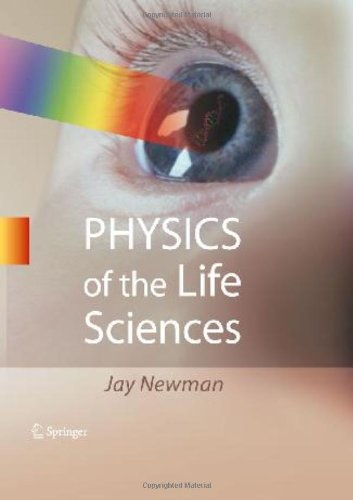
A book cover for Physics of the Life Sciences; Jay Newman; Science & Math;